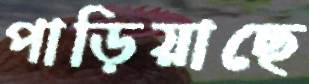
পাড়িয়াছে